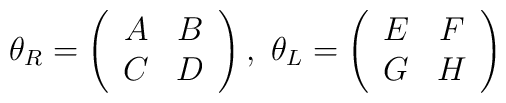
\theta_R=\left(\begin{array}{cc} A & B \\                                                 C & D \\ \end{array}\right) , \ \theta_L=\left(\begin{array}{cc} E & F \\                                                                                                                                           G & H \\ \end{array}\right)